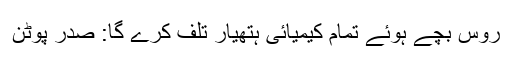
روس بچے ہوئے تمام کیمیائی ہتھیار تلف کرے گا: صدر پوٹن